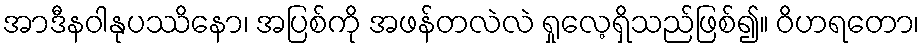
အာဒီနဝါနုပဿိနော၊ အပြစ်ကို အဖန်တလဲလဲ ရှုလေ့ရှိသည်ဖြစ်၍။ ဝိဟရတော၊